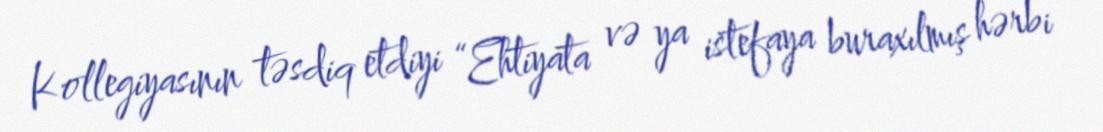
Kollegiyasının təsdiq etdiyi “Ehtiyata və ya istefaya buraxılmış hərbi